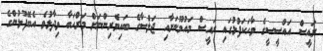
ރައީސް އައްސީސީގެ ވާހަކަފުޅުގައި ރައީސް މައުމޫނަށާއި ޖަލްސާގެ ބައިވެރިންނަށް މަރްޙަބާ ވިދާޅުވެ އެބޭފުޅުންގެ